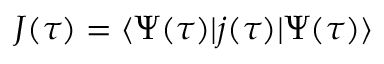
J ( \tau ) = \langle \Psi ( \tau ) | j ( \tau ) | \Psi ( \tau ) \rangle